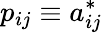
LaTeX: p_{ij}\equiv a_{ij}^{*}